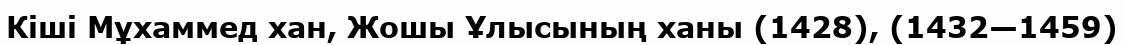
Кіші Мұхаммед хан, Жошы Ұлысының ханы (1428), (1432—1459)